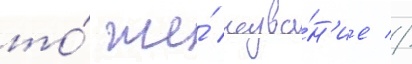
то́ же́ назва́н'ие //